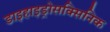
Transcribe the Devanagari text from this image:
डाइहाइड्रोसक्सिनिक